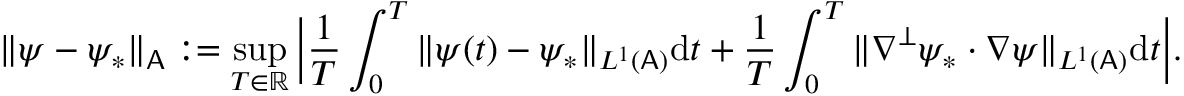
\| \psi - \psi _ { * } \| _ { \mathsf { A } } : = \operatorname* { s u p } _ { T \in \mathbb { R } } \Big | \frac { 1 } { T } \int _ { 0 } ^ { T } \| \psi ( t ) - \psi _ { * } \| _ { L ^ { 1 } ( \mathsf { A } ) } \mathrm { d } t + \frac { 1 } { T } \int _ { 0 } ^ { T } \| \nabla ^ { \perp } \psi _ { * } \cdot \nabla \psi \| _ { L ^ { 1 } ( \mathsf { A } ) } \mathrm { d } t \Big | .